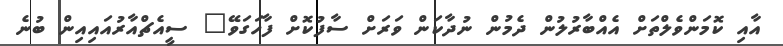
އާއި ކޮމަންވެލްތަށް އެއްބާރުލުން ދެމުން ނުދާކަން ވަރަށް ސާފުކޮށް ފާހަގަވޭ" ސީއެޗްއާރުއައިއިން ބުނެ